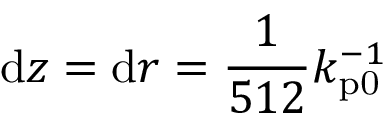
\mathrm { d } z = \mathrm { d } r = \frac { 1 } { 5 1 2 } k _ { \mathrm { p 0 } } ^ { - 1 }